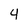
Character: 4